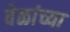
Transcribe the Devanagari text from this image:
वेळांच्या